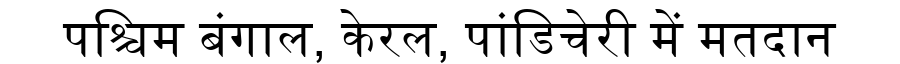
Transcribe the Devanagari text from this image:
पश्चिम बंगाल, केरल, पांडिचेरी में मतदान